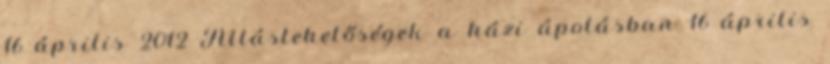
16 április 2012 Álláslehetőségek a házi ápolásban 16 április